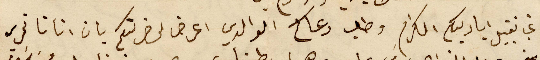
غب تقبيل اياديكم الكرام وطلب دعاكم الوالدي اعرض لحضرتكم بان اتانا تحرير